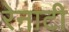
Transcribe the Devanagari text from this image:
रेनाटी